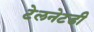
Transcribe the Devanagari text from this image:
टेलनेटडी